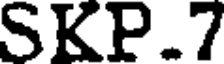
SKP.7